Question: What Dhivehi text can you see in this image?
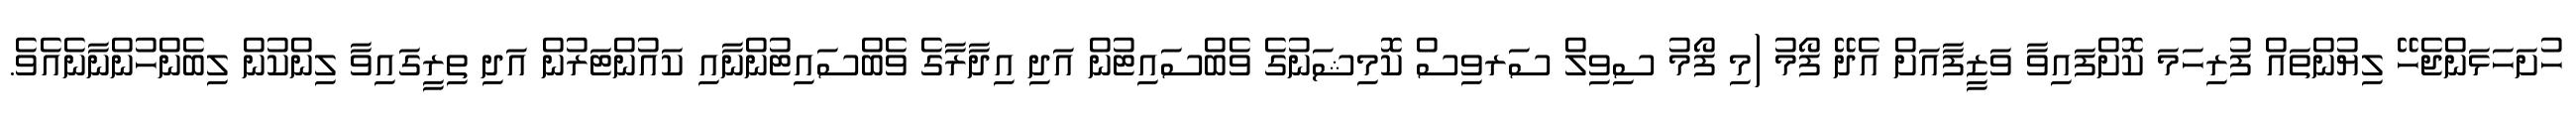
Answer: ހުށަހަޅަންޖެހޭ ލިޔުންތައް ފުރިހަމަ ކޮށްފައިވާ ވަޒީފާއަށް އެދޭ ފޯމު (މި ފޯމު ސިވިލް ސަރވިސް ކޮމިޝަނުގެ ވެބްސައިޓުން އަދި އިދާރާގެ ވެބްސައިޓުންނާއި ކައުންޓަރުން އަދި ތިރީގައިވާ ލިންކުން ލިބެންހުންނާނެއެވެ.